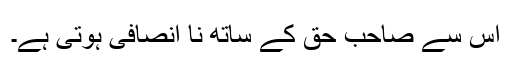
اس سے صاحب حق کے ساتھ نا انصافی ہوتی ہے۔